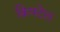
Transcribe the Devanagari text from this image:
क्रिफ्टेल